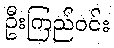
ဦးကြည်ဝင်း